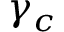
\gamma _ { c }